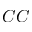
C C